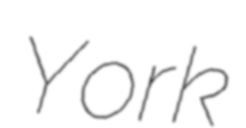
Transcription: York